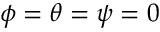
\phi = \theta = \psi = 0